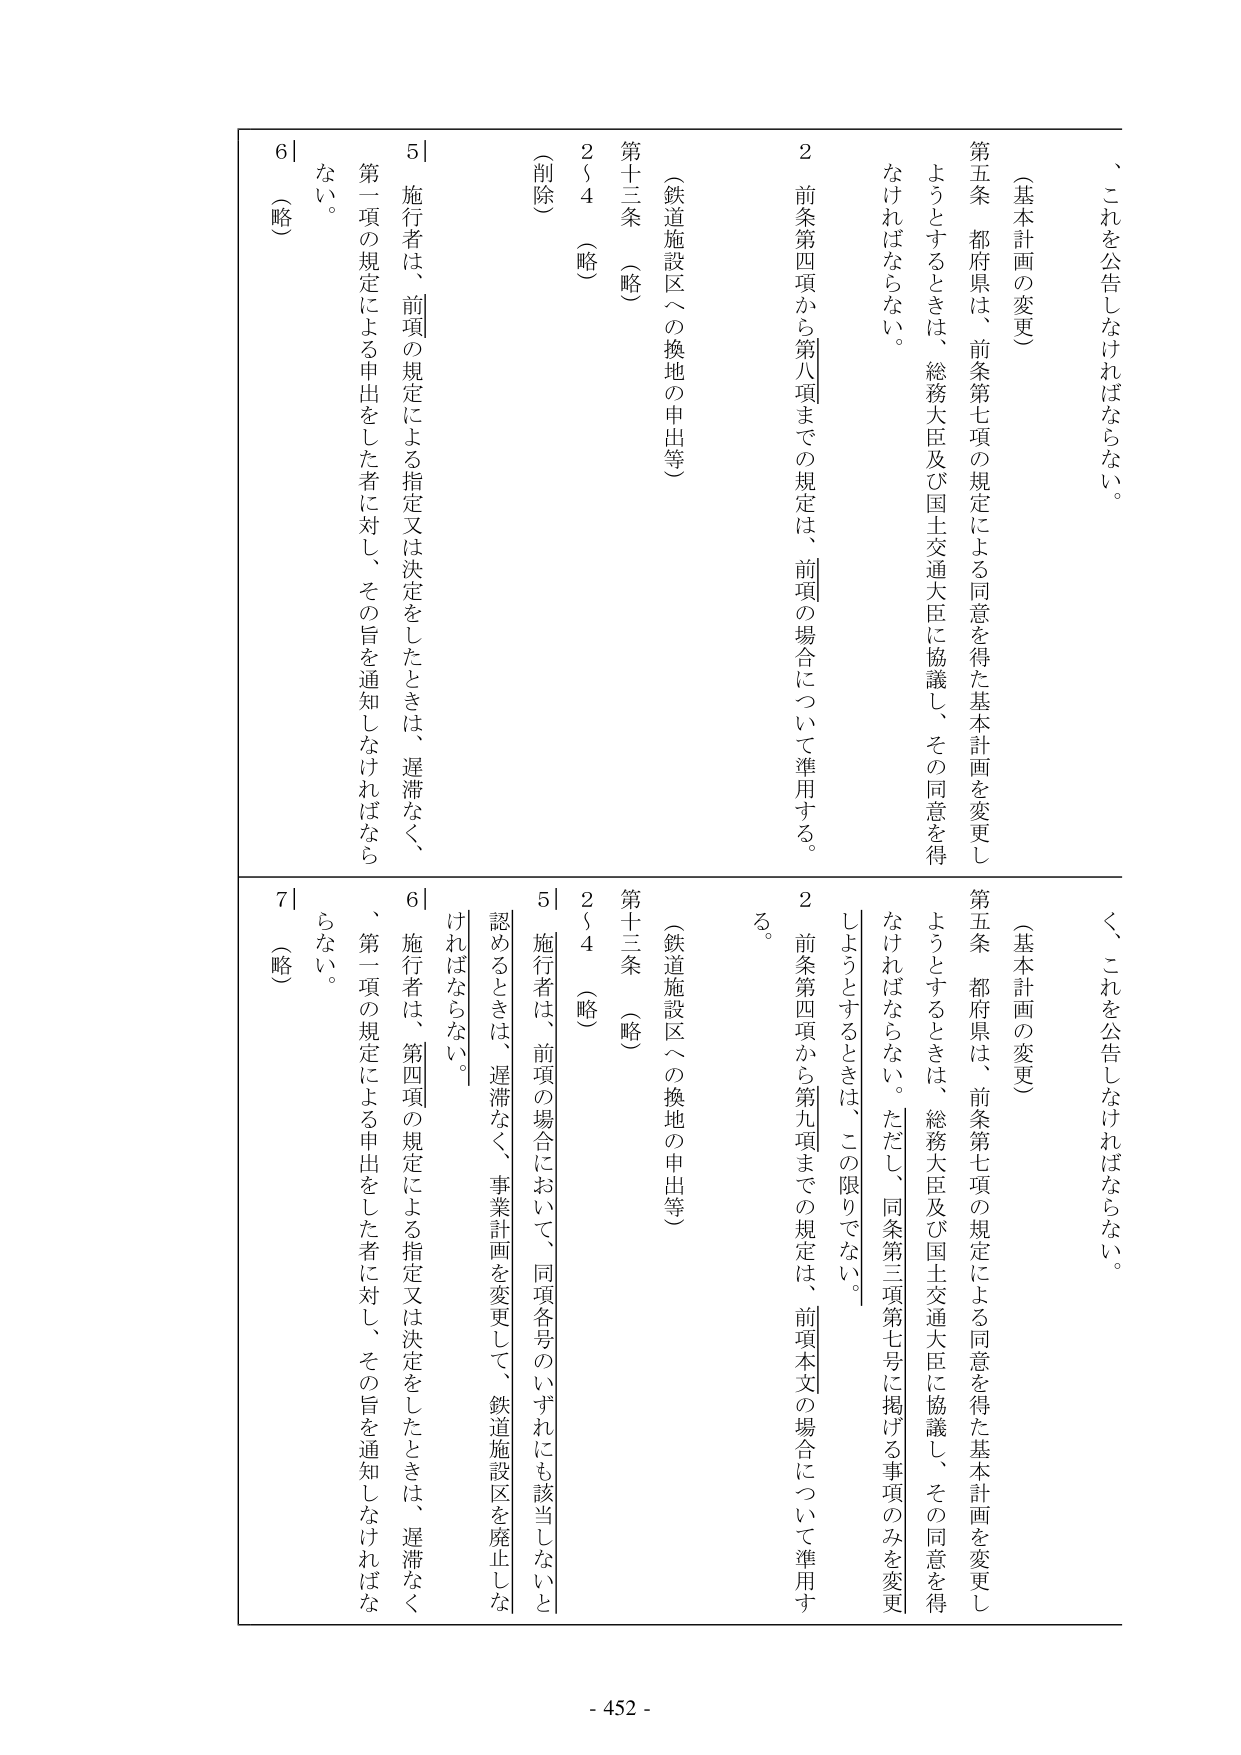
（基本計画の変更）
第五条 都府県は、前条第七項の規定による同意を得た基本計画を変更しようとするときは、総務大臣及び国土交通大臣に協議し、その同意を得なければならない。
２ 前条第四項から第八項までの規定は、前項の場合について準用する。

（鉄道施設区への換地の申出等）
第十三条 （略）
２～４ （略）
（削除）
５ 施行者は、前項の規定による指定又は決定をしたときは、遅滞なく、第一項の規定による申出をした者に対し、その旨を通知しなければならない。
６ （略）

（基本計画の変更）
第五条 都府県は、前条第七項の規定による同意を得た基本計画を変更しようとするときは、総務大臣及び国土交通大臣に協議し、その同意を得なければならない。ただし、同条第三項第七号に掲げる事項のみを変更しようとするときは、この限りでない。
２ 前条第四項から第九項までの規定は、前項本文の場合について準用する。

（鉄道施設区への換地の申出等）
第十三条 （略）
２～４ （略）
５ 施行者は、前項の場合において、同項各号のいずれにも該当しないと認めるときは、遅滞なく、事業計画を変更して、鉄道施設区を廃止しなければならない。
６ 施行者は、第四項の規定による指定又は決定をしたときは、遅滞なく、第一項の規定による申出をした者に対し、その旨を通知しなければならない。
７ （略）

- 452 -